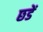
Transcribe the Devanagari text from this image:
छडें